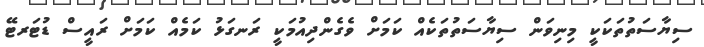
ސިޔާސަތުތަކަކީ މިނިވަން ސިޔާސަތުތަކެއް ކަމަށް ވެގެންދިއުމަކީ ރަނގަޅު ކަމެއް ކަމަށް ރައީސް ޑުޓަރޓޭ